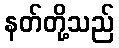
နတ်တို့သည်